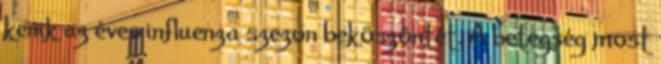
kenik az éves influenza szezon beköszöntét. A betegség most